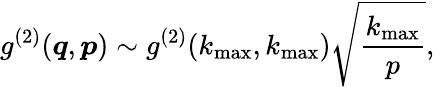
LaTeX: g^{(2)}(\boldsymbol{q},\boldsymbol{p})\sim g^{(2)}(k_{\operatorname*{max}},k_{\operatorname*{max}})\sqrt{\frac{k_{\operatorname*{max}}}{p}},